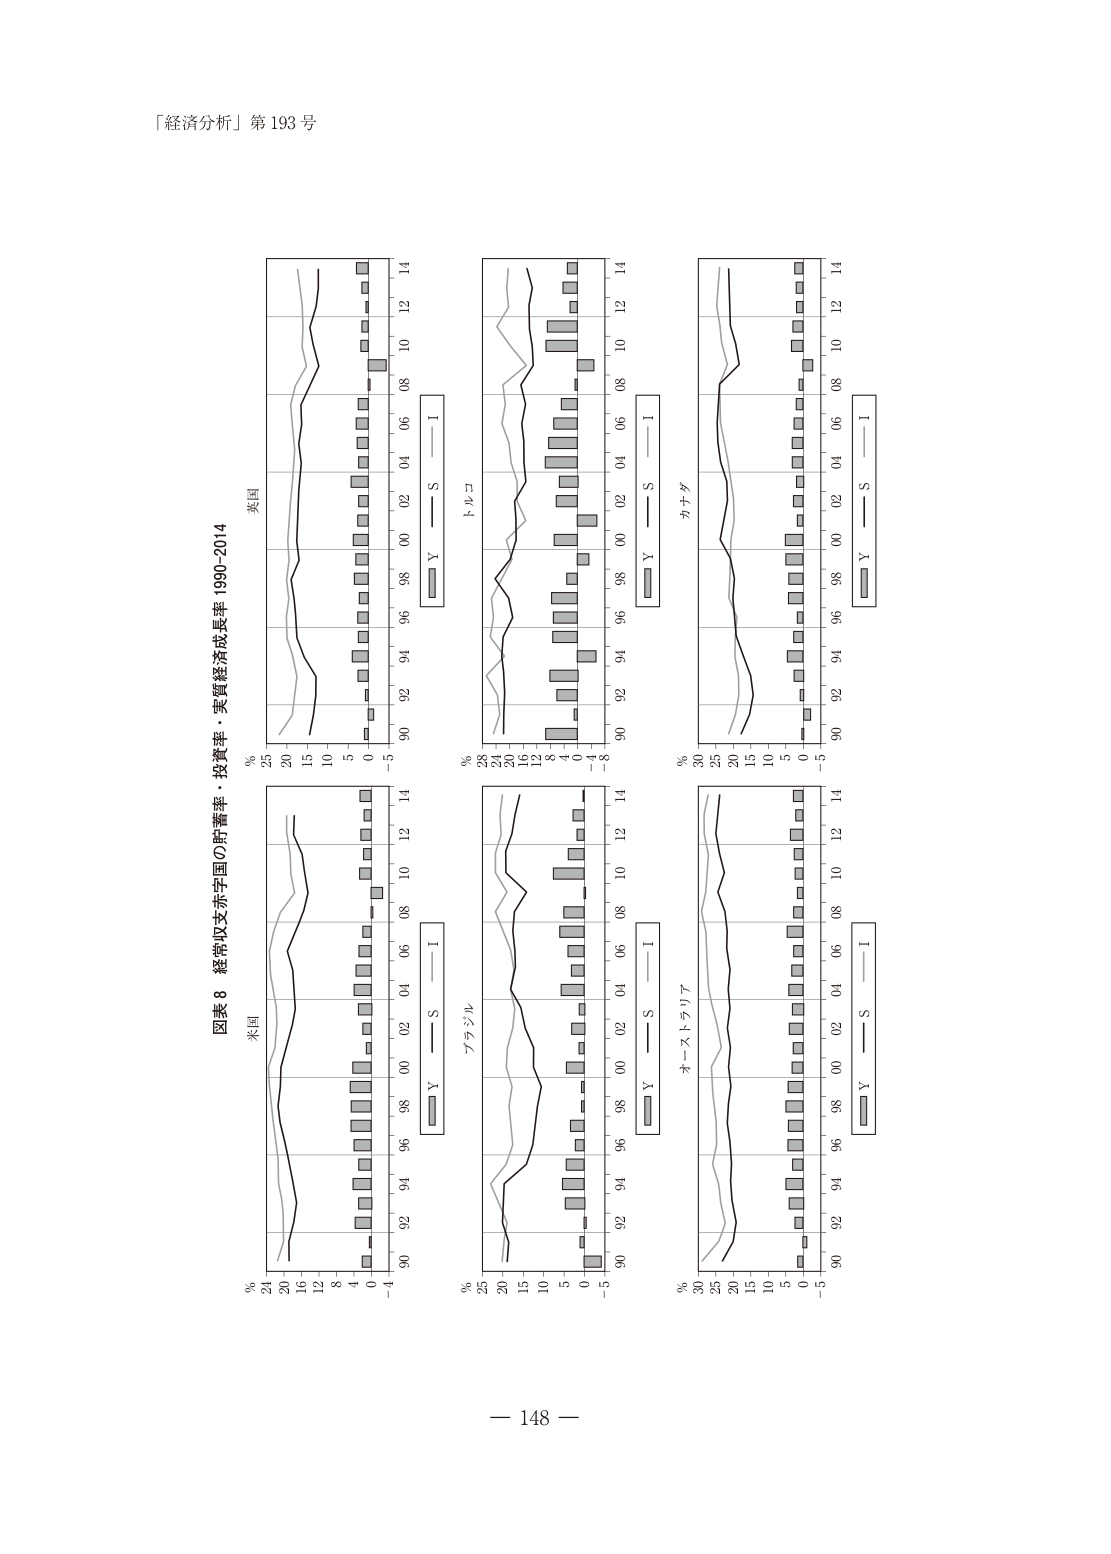
「経済分析」第 193 号

図表 8 経常収支赤字国の貯蓄率・投資率・実質経済成長率 1990-2014

米国
% 24 20 16 12 8 4 0 -4
90 92 94 96 98 00 02 04 06 08 10 12 14
Y — S — I

英国
% 25 20 15 10 5 0
90 92 94 96 98 00 02 04 06 08 10 12 14
Y — S — I

ブラジル
% 25 20 15 10 5 0 -5
90 92 94 96 98 00 02 04 06 08 10 12 14
Y — S — I

トルコ
% 28 24 20 16 12 8 4 0 -4
90 92 94 96 98 00 02 04 06 08 10 12 14
Y — S — I

オーストラリア
% 30 25 20 15 10 5 0 -5
90 92 94 96 98 00 02 04 06 08 10 12 14
Y — S — I

カナダ
% 30 25 20 15 10 5 0 -5
90 92 94 96 98 00 02 04 06 08 10 12 14
Y — S — I

— 148 —